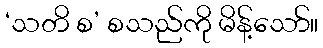
‘သတိ စ’ စသည်ကို မိန့်သော်။